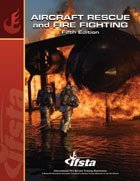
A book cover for Aircraft Rescue and Fire Fighting; IFSTA; Engineering & Transportation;